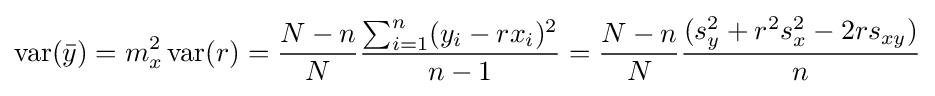
\operatorname {var} ({\bar {y}})=m_{x}^{2}\operatorname {var} (r)={\frac {N-n}{N}}{\frac {\sum _{i=1}^{n}(y_{i}-rx_{i})^{2}}{n-1}}={\frac {N-n}{N}}{\frac {(s_{y}^{2}+r^{2}s_{x}^{2}-2rs_{xy})}{n}}